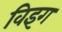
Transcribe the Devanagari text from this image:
विइग